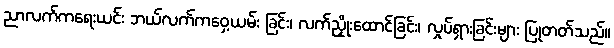
ညာလက်ကရေးယင်း ဘယ်လက်ကဝှေ့ယမ်း ခြင်း၊ လက်ညှိုးထောင်ခြင်း၊ လှုပ်ရှားခြင်းများ ပြုတတ်သည်။